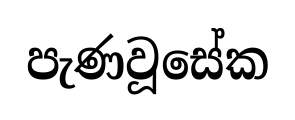
පැණවූසේක